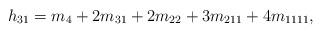
LaTeX: \begin{align*} h_{31} = m_4 + 2m_{31} + 2m_{22} + 3m_{211} + 4m_{1111},\end{align*}